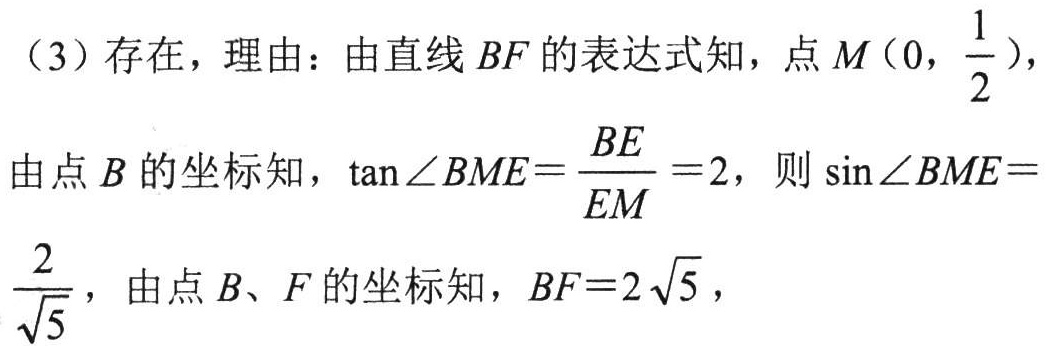
（3）存在，理由：由直线 \(BF\) 的表达式知，点 \(M(0,\frac{1}{2})\)，
由点 \(B\) 的坐标知，\(\tan\angle BME = \frac{BE}{EM}=2\)，则 \(\sin\angle BME = \frac{2}{\sqrt{5}}\)，由点 \(B、F\) 的坐标知，\(BF = 2\sqrt{5}\)，